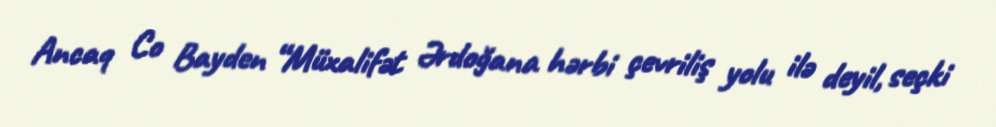
Ancaq Co Bayden “Müxalifət Ərdoğana hərbi çevriliş yolu ilə deyil, seçki